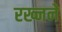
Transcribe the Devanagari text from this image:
रख्नने